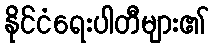
နိုင်ငံရေးပါတီများ၏